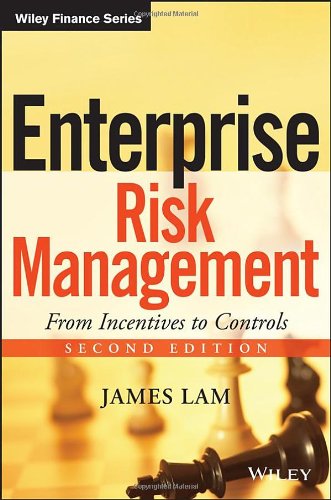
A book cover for Enterprise Risk Management: From Incentives to Controls; James Lam; Business & Money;